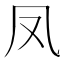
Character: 凤